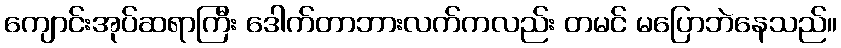
ကျောင်းအုပ်ဆရာကြီး ဒေါက်တာဘားလက်ကလည်း တမင် မပြောဘဲနေသည်။